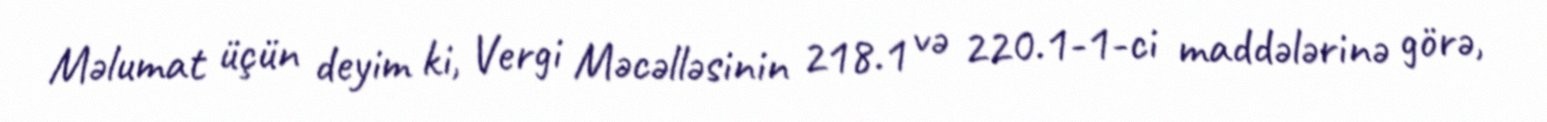
Məlumat üçün deyim ki, Vergi Məcəlləsinin 218.1 və 220.1-1-ci maddələrinə görə,